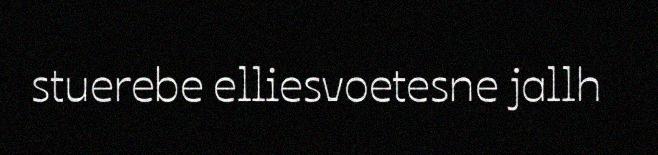
stuerebe elliesvoetesne jallh